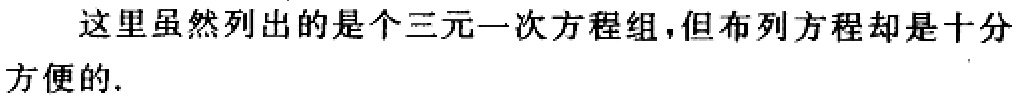
这里虽然列出的是个三元一次方程组，但布列方程却是十分方便的.